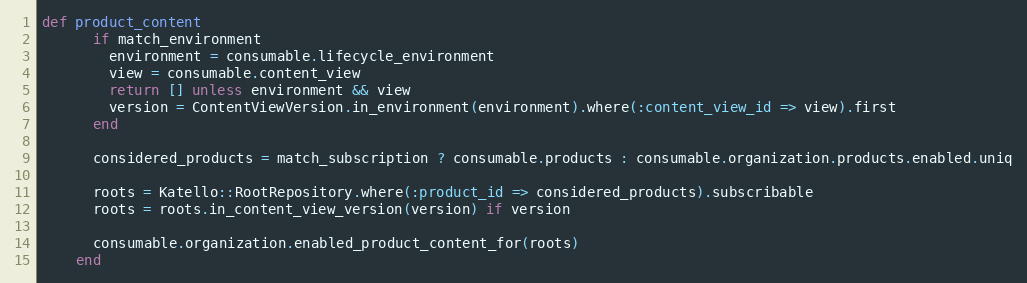
Language: Ruby
def product_content
      if match_environment
        environment = consumable.lifecycle_environment
        view = consumable.content_view
        return [] unless environment && view
        version = ContentViewVersion.in_environment(environment).where(:content_view_id => view).first
      end

      considered_products = match_subscription ? consumable.products : consumable.organization.products.enabled.uniq

      roots = Katello::RootRepository.where(:product_id => considered_products).subscribable
      roots = roots.in_content_view_version(version) if version

      consumable.organization.enabled_product_content_for(roots)
    end